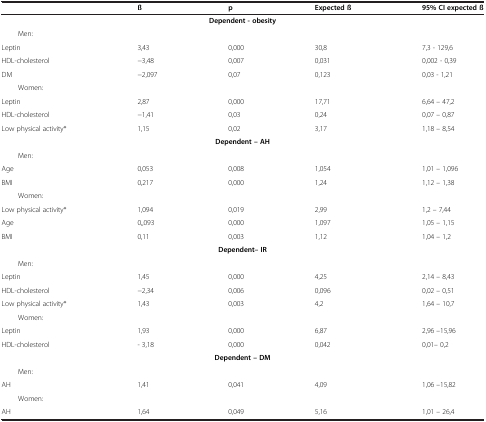
<table><thead><tr><td><b> </b></td><td><b>ß</b></td><td><b>p</b></td><td><b>Expected ß</b></td><td><b>95% CI expected ß</b></td></tr></thead><tbody><tr><td colspan="5"><b>Dependent - obesity</b></td></tr><tr><td colspan="5">Men:</td></tr><tr><td>Leptin</td><td>3,43</td><td>0,000</td><td>30,8</td><td>7,3 - 129,6</td></tr><tr><td>HDL-cholesterol</td><td>−3,48</td><td>0,007</td><td>0,031</td><td>0,002 - 0,39</td></tr><tr><td>DM</td><td>−2,097</td><td>0,07</td><td>0,123</td><td>0,03 - 1,21</td></tr><tr><td colspan="5">Women:</td></tr><tr><td>Leptin</td><td>2,87</td><td>0,000</td><td>17,71</td><td>6,64 – 47,2</td></tr><tr><td>HDL-cholesterol</td><td>−1,41</td><td>0,03</td><td>0,24</td><td>0,07 – 0,87</td></tr><tr><td>Low physical activity*</td><td>1,15</td><td>0,02</td><td>3,17</td><td>1,18 – 8,54</td></tr><tr><td colspan="5"><b>Dependent – АH</b></td></tr><tr><td colspan="5">Men:</td></tr><tr><td>Age</td><td>0,053</td><td>0,008</td><td>1,054</td><td>1,01 – 1,096</td></tr><tr><td>BMI</td><td>0,217</td><td>0,000</td><td>1,24</td><td>1,12 – 1,38</td></tr><tr><td colspan="5">Women:</td></tr><tr><td>Low physical activity*</td><td>1,094</td><td>0,019</td><td>2,99</td><td>1,2 – 7,44</td></tr><tr><td>Age</td><td>0,,093</td><td>0,000</td><td>1,097</td><td>1,05 – 1,15</td></tr><tr><td>BMI</td><td>0,11</td><td>0,003</td><td>1,12</td><td>1,04 – 1,2</td></tr><tr><td colspan="5"><b>Dependent– IR</b></td></tr><tr><td colspan="5">Men:</td></tr><tr><td>Leptin</td><td>1,45</td><td>0,000</td><td>4,25</td><td>2,14 – 8,43</td></tr><tr><td>HDL-cholesterol</td><td>−2,34</td><td>0,006</td><td>0,096</td><td>0,02 – 0,51</td></tr><tr><td>Low physical activity*</td><td>1,43</td><td>0,003</td><td>4,2</td><td>1,64 – 10,7</td></tr><tr><td colspan="5">Women:</td></tr><tr><td>Leptin</td><td>1,93</td><td>0,000</td><td>6,87</td><td>2,96 –15,96</td></tr><tr><td>HDL-cholesterol</td><td>- 3,18</td><td>0,000</td><td>0,042</td><td>0,01– 0,2</td></tr><tr><td colspan="5"><b>Dependent – DM</b></td></tr><tr><td colspan="5">Men:</td></tr><tr><td>AH</td><td>1,41</td><td>0,041</td><td>4,09</td><td>1,06 –15,82</td></tr><tr><td colspan="5">Women:</td></tr><tr><td>AH</td><td>1,64</td><td>0,049</td><td>5,16</td><td>1,01 – 26,4</td></tr></tbody></table>